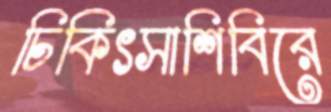
চিকিৎসাশিবিরে